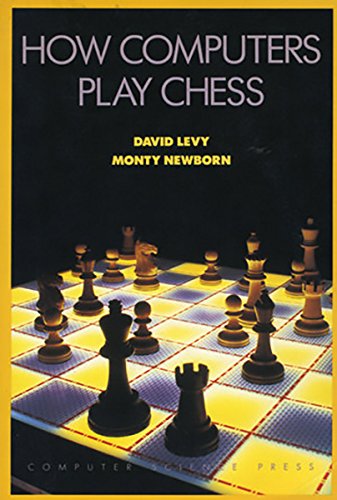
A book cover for How Computers Play Chess; David N. L. Levy; Children's Books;